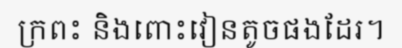
ក្រពះ និងពោះវៀនតូចផងដែរ។